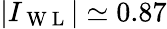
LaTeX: |I_{\mathrm{~W~L~}}|\simeq 0.87